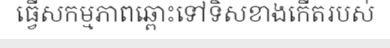
ធ្វើសកម្មភាពឆ្ពោះទៅទិសខាងកើតរបស់